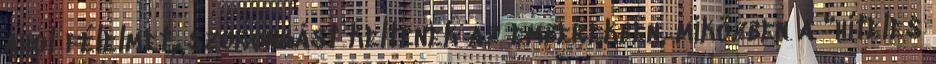
ahol félelmet, szorongást keltenek az emberekben, miközben a "hiteles